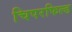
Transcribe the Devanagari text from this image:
चिपरफिल्ड